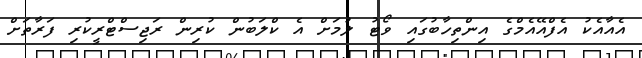
އެއާއެކު އެފްއޭއެމްގެ އިންތިހާބުގައި ވޯޓު ލުމަށް އެ ކްލަބުން ކުރިން ރަޖިސްޓްރީކުރި ފަރާތަށް